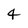
Character: 4